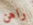
راهن